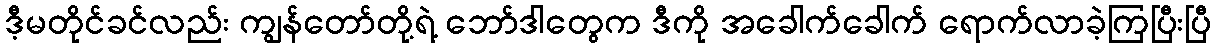
ဒီ့မတိုင်ခင်လည်း ကျွန်တော်တို့ရဲ့ ဘော်ဒါတွေက ဒီကို အခေါက်ခေါက် ရောက်လာခဲ့ကြပြီးပြီ